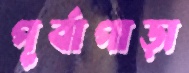
পূর্বাপাড়া